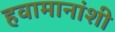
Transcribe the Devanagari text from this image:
हवामानांशी